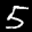
Label: 5